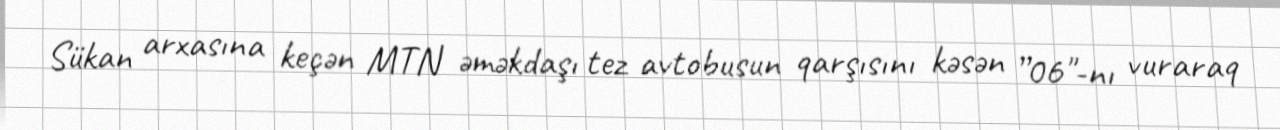
Sükan arxasına keçən MTN əməkdaşı tez avtobusun qarşısını kəsən ”06"-nı vuraraq